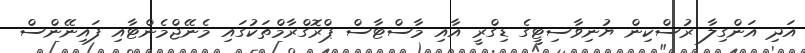
އަދި އަންގިލާ ރުސްކިން ޔުނިވާސިޓީގެ ޑިގްރީ އާއި މާސްޓާސް ޕްރޮގްރާމްތަކުގައި މެނޭޖްމެންޓާއި ފައިނޭންސް